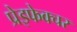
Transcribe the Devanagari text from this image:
प्रेइफेक्चर